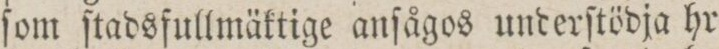
ſom ſtadsfullmäktige anſågos underſtödja hr